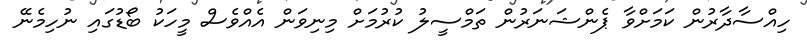
ހިއްސާދާރުން ކަމަށްވާ ޕެންޝަނަރުން ތަމްސީލު ކުރުމަށް މިނިވަން އެއްވެސް މީހަކު ބޯޑުގައި ނުހިމެނޭ